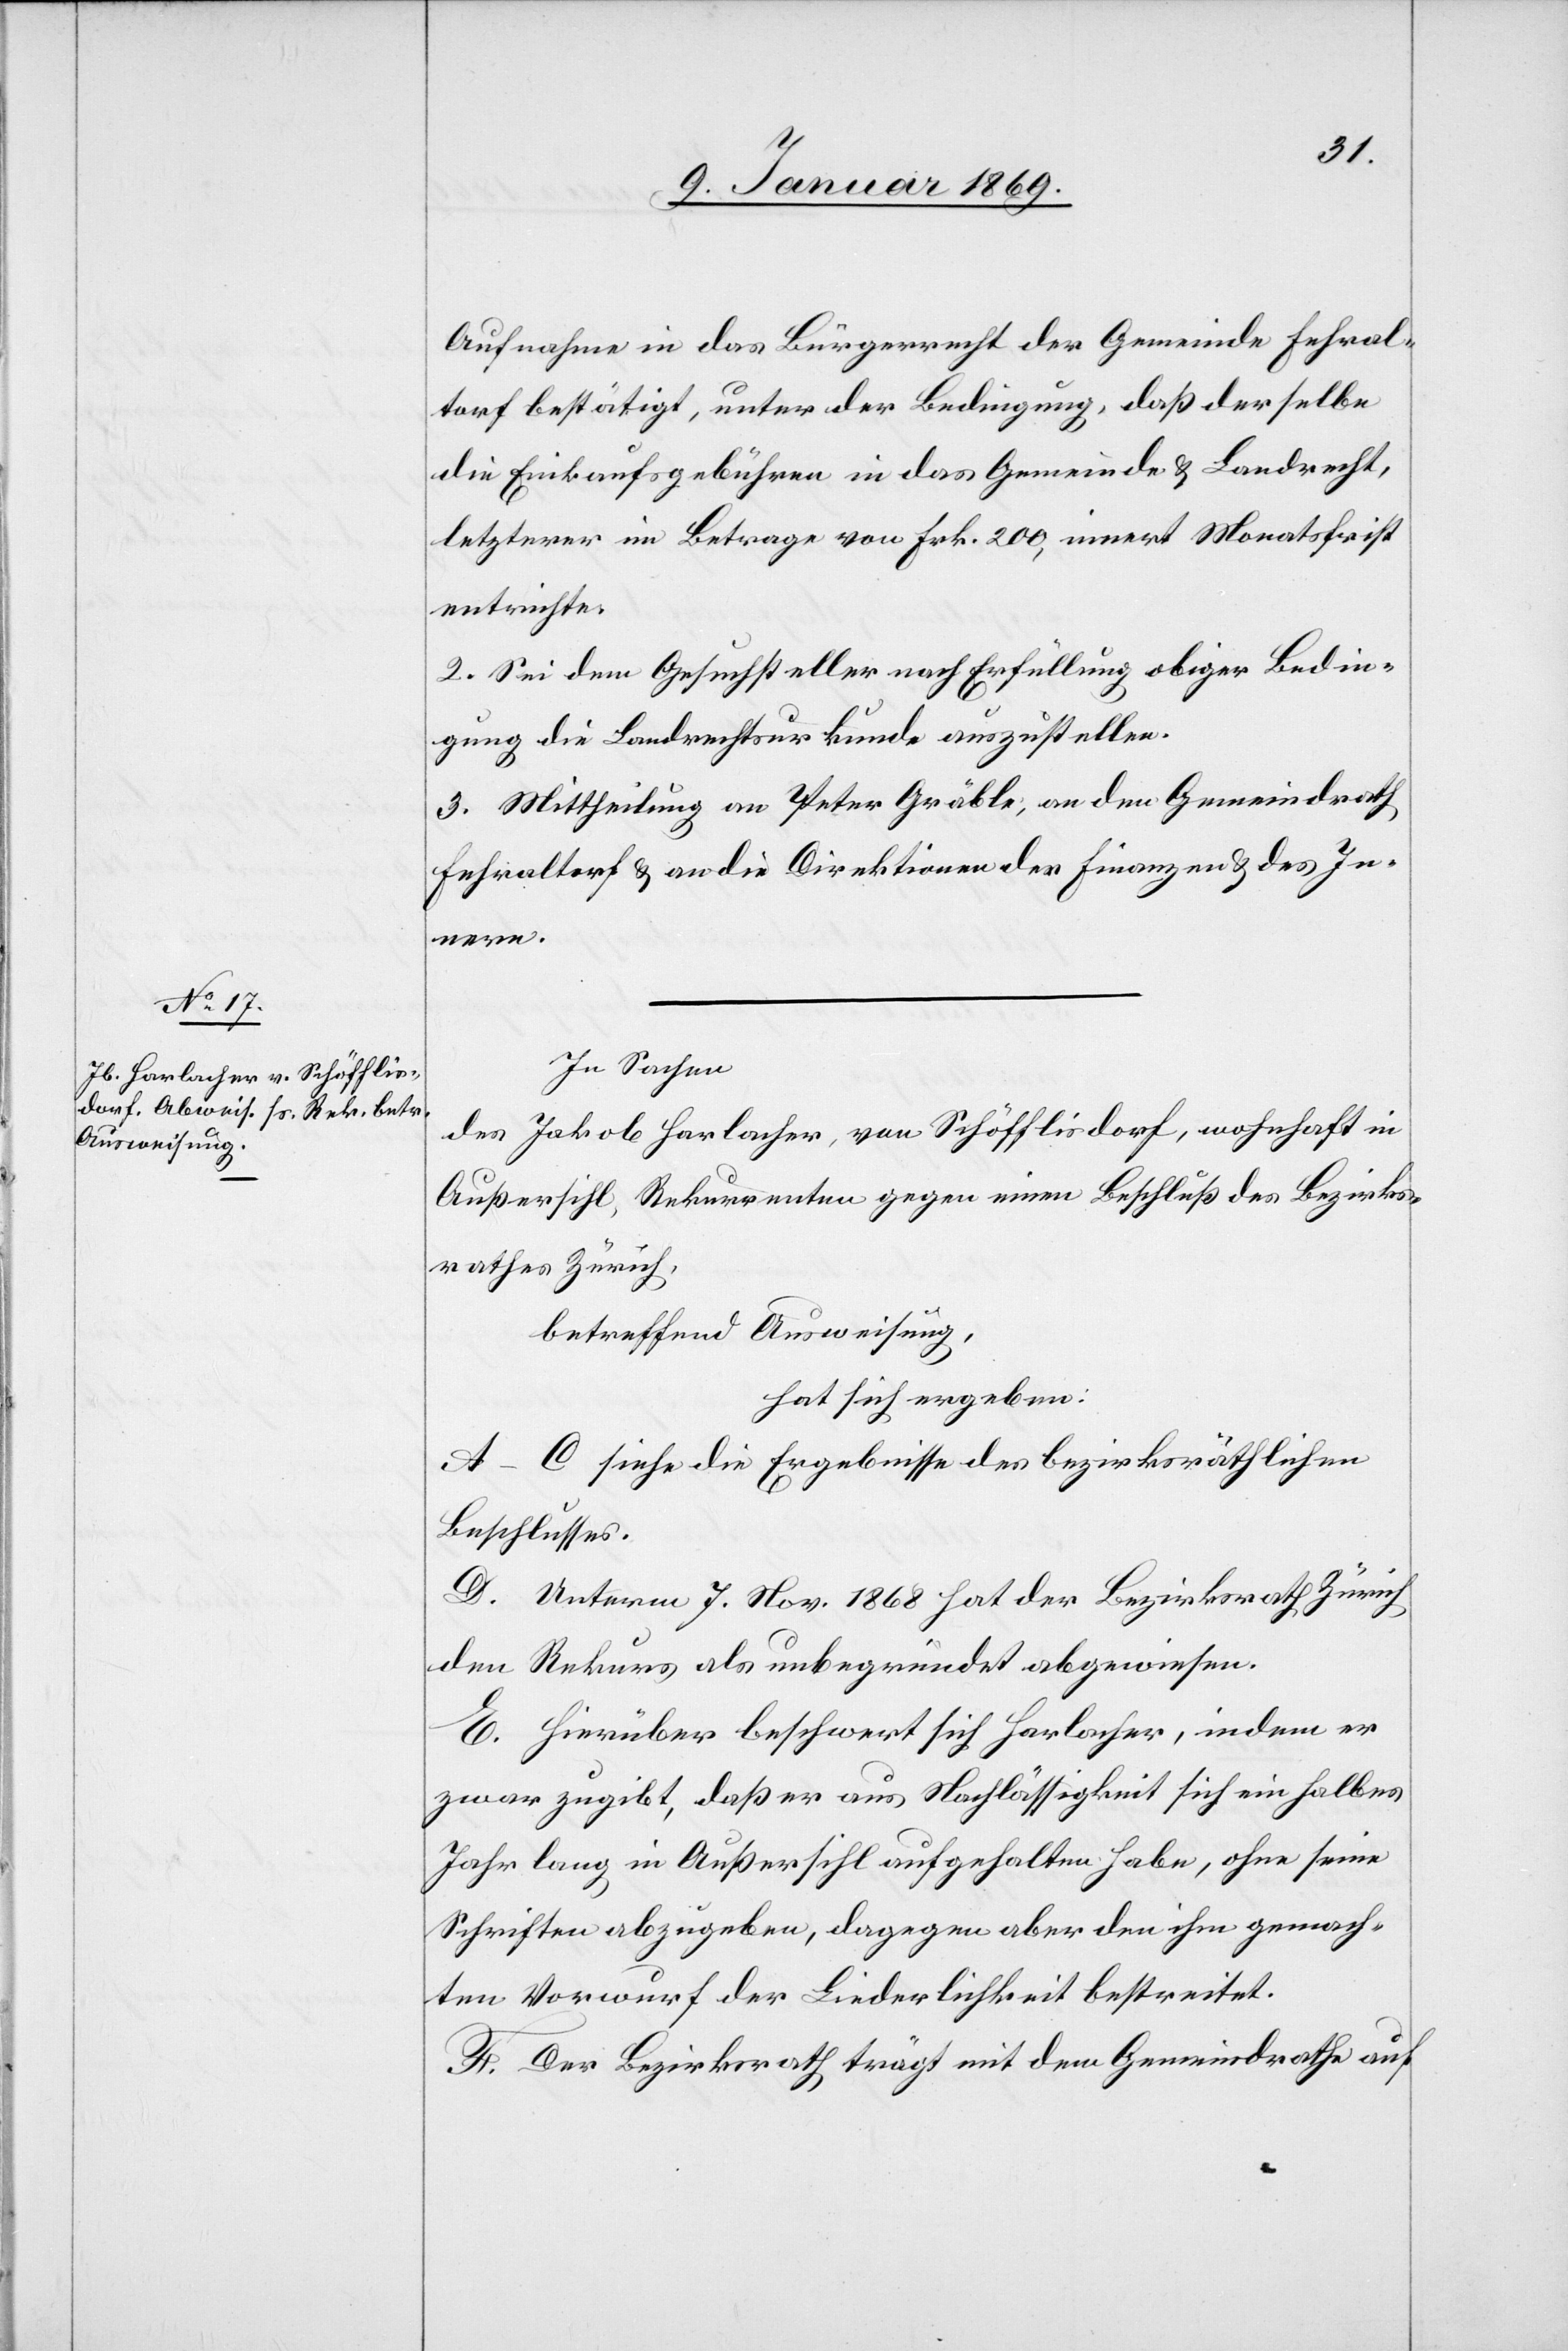
Aufnahme in das Bürgerrecht der Gemeinde Fehral¬
torf bestätigt, unter der Bedingung, daß derselbe
die Einkaufsgebühren in das Gemeinde[-] & Landrecht,
letzterer im Betrage von Frk. 200, innert Monatsfrist
entrichte.
2. Sei dem Gesuchsteller nach Erfüllung obiger Bedin¬
gung die Landrechtsurkunde auszustellen.
3. Mittheilung an Peter Gräble, an den Gemeindrath
Fehraltorf u. an die Direktionen der Finanzen u. des In¬
nern.
In Sachen
des Jakob Harlacher, von Schöfflisdorf, wohnhaft in
Außersihl, Rekurrenten gegen einen Beschluß des Bezirks¬
rathes Zürich,
betreffend Ausweisung,
hat sich ergeben:
A–C siehe die Ergebnisse des bezirksräthlichen
Beschlusses.
D. Unterm 7. Nov. 1868 hat der Bezirksrath Zürich
den Rekurs als unbegründet abgewiesen.
E. Hierüber beschwert sich Harlacher, indem er
zwar zugibt, daß er aus Nachlässigkeit sich ein halbes
Jahr lang in Außersihl aufgehalten habe, ohne seine
Schriften abzugeben, dagegen aber den ihm gemach¬
ten Vorwurf der Liederlichkeit bestreitet.
F. Der Bezirksrath trägt mit dem Gemeindrathe auf